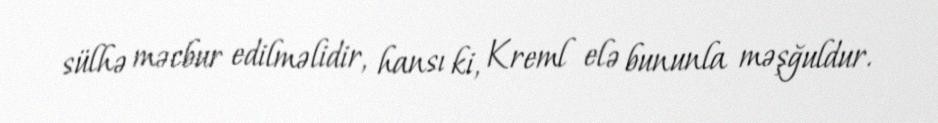
sülhə məcbur edilməlidir, hansı ki, Kreml elə bununla məşğuldur.